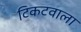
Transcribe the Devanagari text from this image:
टिकटवाला